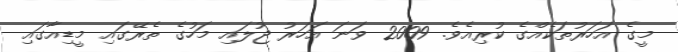
މީގެ އަހަރުތަކެއްގެ ކުރިއެވެ. 2009 ވަނަ އަހަރު ޖުލައި މަހުގެ ތެރޭގައި މީޑިއާގައި